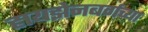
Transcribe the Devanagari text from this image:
हायझेनबर्गच्या